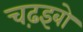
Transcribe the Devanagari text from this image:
चढ़इबो